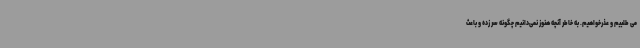
می طلبیم و عذرخواهیم. به خاطر آنچه هنوز نمی‌دانیم چگونه سر زده و باعث